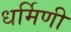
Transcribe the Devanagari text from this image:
धर्मिणी